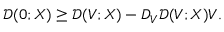
\mathcal { D } ( 0 ; X ) \ge \mathcal { D } ( V ; X ) - D _ { V } \mathcal { D } ( V ; X ) V .